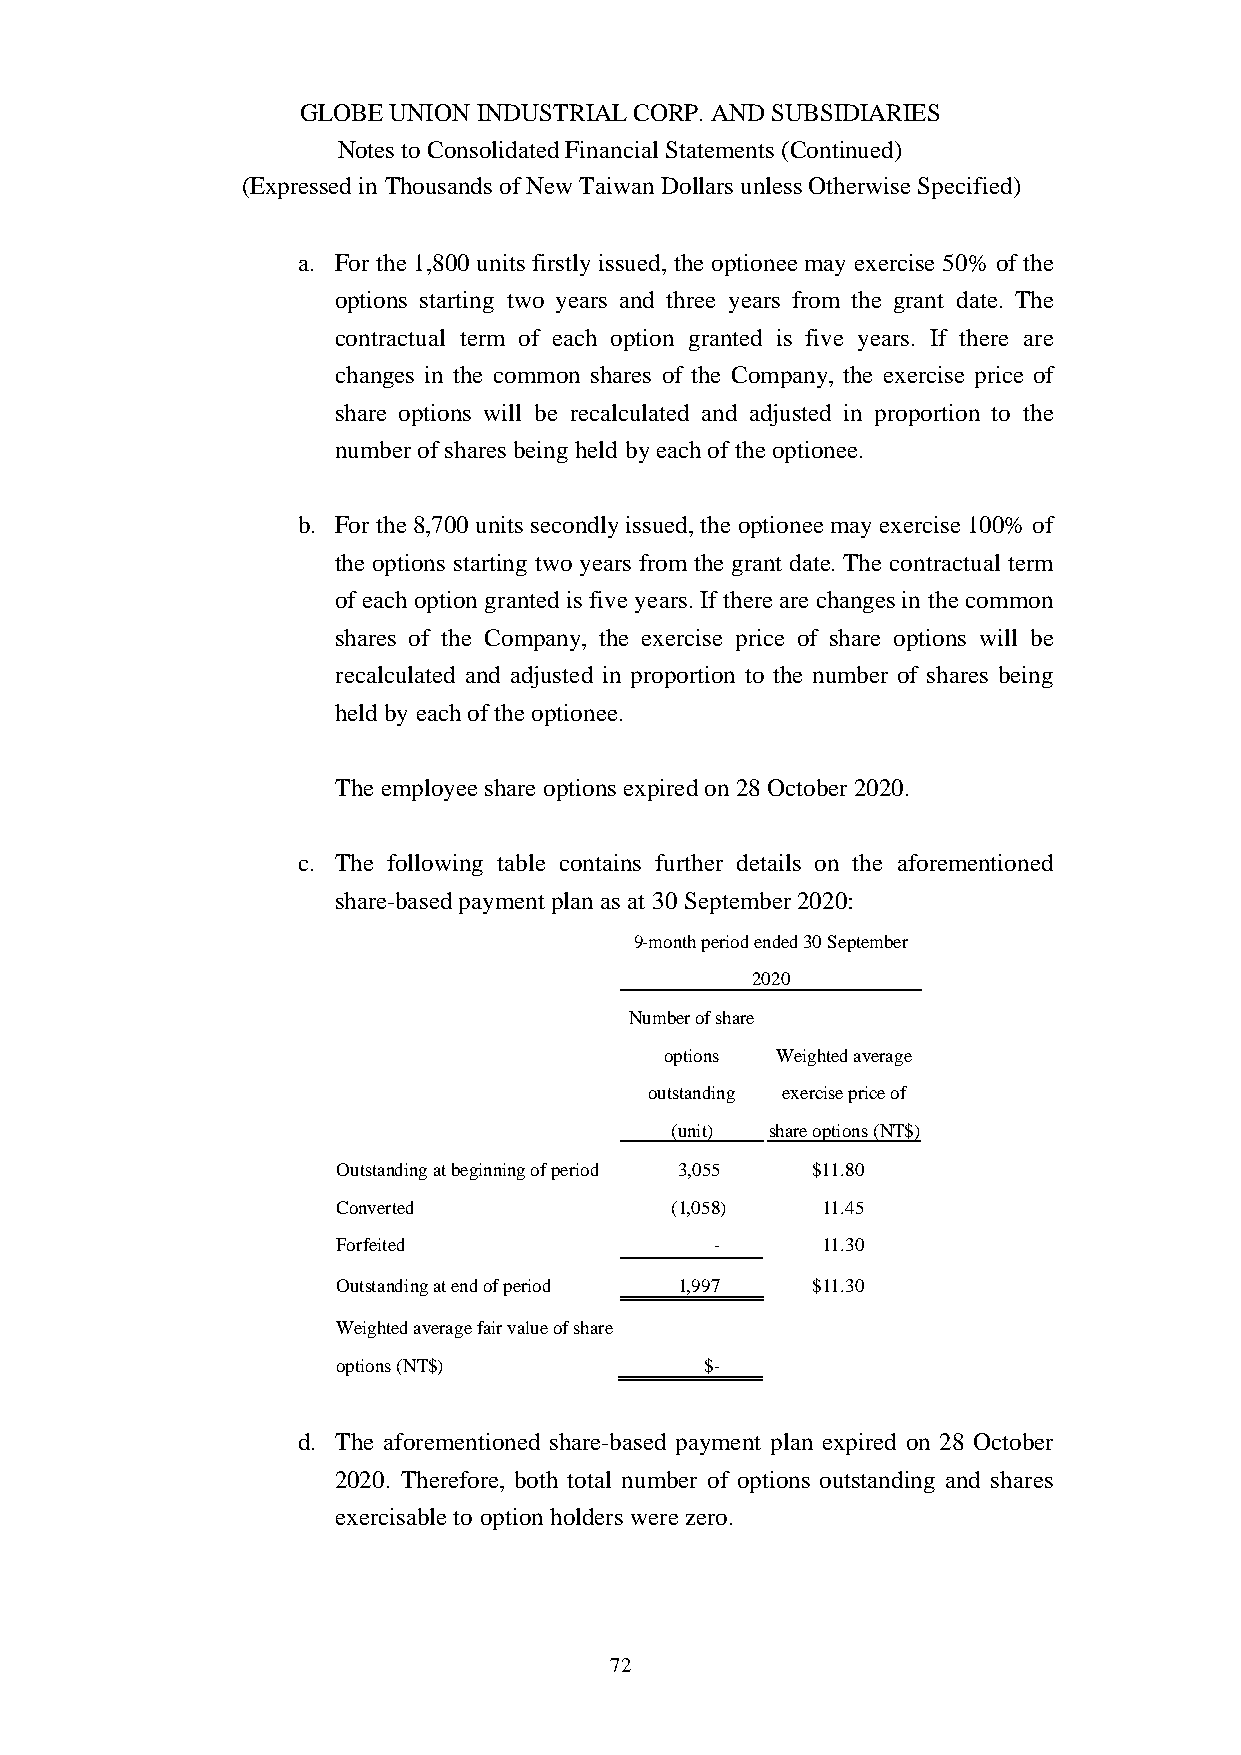
GLOBE UNION INDUSTRIAL CORP. AND SUBSIDIARIES
 Notes to Consolidated Financial Statements (Continued)
 (Expressed in Thousands of New Taiwan Dollars unless Otherwise Specified)
 a. For the 1,800 units firstly issued, the optionee may exercise 50% of the
 options starting two years and three years from the grant date. The
 contractual term of each option granted is five years. If there are
 changes in the common shares of the Company, the exercise price of
 share options will be recalculated and adjusted in proportion to the
 number of shares being held by each of the optionee.
 b. For the 8,700 units secondly issued, the optionee may exercise 100% of
 the options starting two years from the grant date. The contractual term
 of each option granted is five years. If there are changes in the common
 shares of the Company, the exercise price of share options will be
 recalculated and adjusted in proportion to the number of shares being
 held by each of the optionee.
 The employee share options expired on 28 October 2020.
 c. The following table contains further details on the aforementioned
 share-based payment plan as at 30 September 2020:
 9-month period ended 30 September
 2020
 Number of share
 options Weighted average
 outstanding exercise price of
 (unit) share options (NT$)
 Outstanding at beginning of period 3,055 $11.80
 Converted             (1,058)   11.45
 Forfeited                -      11.30
 Outstandingatendof period 1,997 $11.30
 Weighted average fair value of share
 options (NT$)            $-
 d. The aforementioned share-based payment plan expired on 28 October
 2020. Therefore, both total number of options outstanding and shares
 exercisable to option holders were zero.
 72